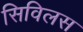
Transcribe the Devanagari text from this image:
सिविलस